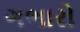
ગભારો